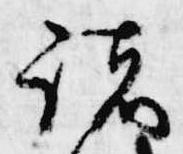
諸